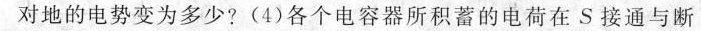
对地的电势变为多少?(4)各个电容器所积蓄的电荷在S接通与断